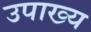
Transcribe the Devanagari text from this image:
उपाख्‍य